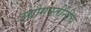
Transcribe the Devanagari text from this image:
उद्योगपतींनीच